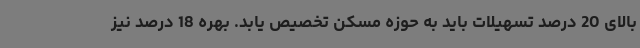
بالای 20 درصد تسهیلات باید به حوزه مسکن تخصیص یابد. بهره 18 درصد نیز